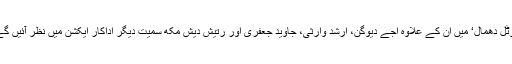
’ٹوٹل دھمال‘ میں ان کے علاوہ اجے دیوگن، ارشد وارثی، جاوید جعفری اور رتیش دیش مکھ سمیت دیگر اداکار ایکشن میں نظر آئیں گے۔